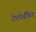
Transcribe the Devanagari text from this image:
टेलीबैंकिंग